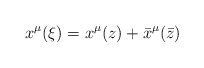
\begin{align*}x^{\mu}(\xi) = x^{\mu}(z) + \bar{x}^{\mu}({\bar z})\end{align*}